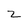
Character: Z